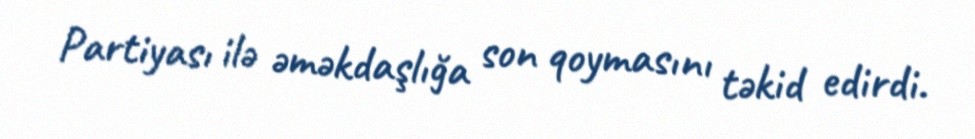
Partiyası ilə əməkdaşlığa son qoymasını təkid edirdi.